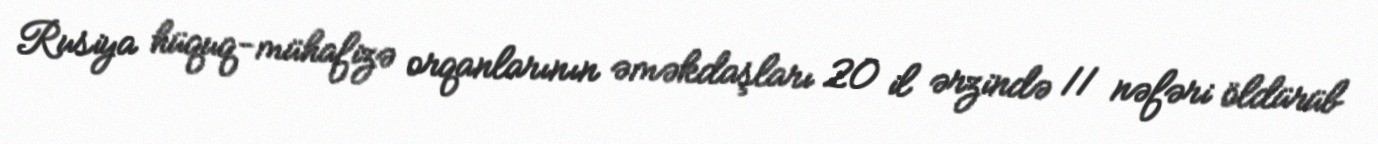
Rusiya hüquq-mühafizə orqanlarının əməkdaşları 20 il ərzində 11 nəfəri öldürüb